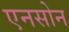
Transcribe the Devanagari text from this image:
एनसोन